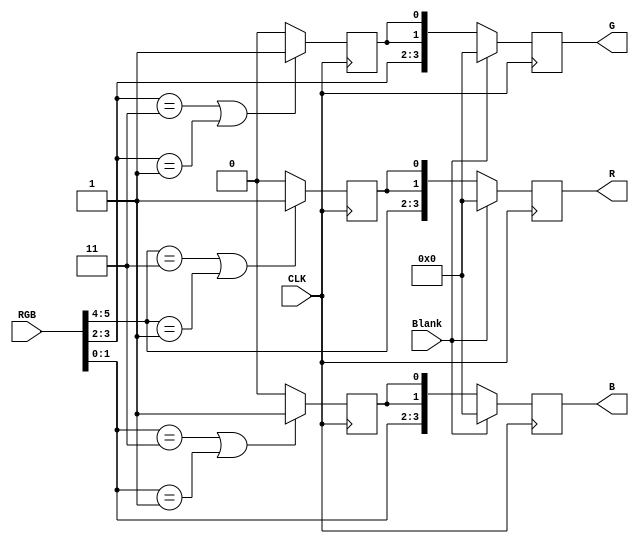
`timescale 1ns / 1ps
//////////////////////////////////////////////////////////////////////////////////
// Company: 
// Engineer: 
// 
// Design Name: 
// Module Name:    ControlSalidaVGA 
// Project Name: 
// Target Devices: 
// Tool versions: 
// Description: 
//
// Dependencies: 
//
// Revision: 
// Revision 0.01 - File Created
// Additional Comments: 
//
//////////////////////////////////////////////////////////////////////////////////
module ControlSalidaVGA(
		input [5:0] RGB,
		input Blank,
		input CLK,
		output reg [3:0] R,
		output reg [3:0] G,
		output reg [3:0] B
	 );

	reg LSBRed, LSBBlue, LSBGreen;
	// Determinar bits menos significativos - Negedge para evitar metaestabilidad
	always @(negedge CLK)
	begin
		// Agregar LSB al RED
		if(RGB[5:4] == 2'b11 || RGB[5:4] == 2'b01)
			LSBRed <= 1;
		else
			LSBRed <= 0;
		// Agregar LSB al GREEN
		if(RGB[3:2] == 2'b11 || RGB[3:2] == 2'b01)
			LSBGreen <= 1;
		else
			LSBGreen <= 0;
		// Agregar LSB al BLUE
		if(RGB[1:0] == 2'b11 || RGB[1:0] == 2'b01)
			LSBBlue <= 1;
		else
			LSBBlue <= 0;
	end
	
	// Determinar el Blank
	always @(posedge CLK)
	begin
		if(Blank)
			begin
				R <= 4'd0;
				G <= 4'd0;
				B <= 4'd0;
			end
		else
			begin
				R <= {RGB[5:4],LSBRed,LSBRed};
				G <= {RGB[3:2],LSBGreen,LSBGreen};
				B <= {RGB[1:0],LSBBlue,LSBBlue};
			end
	end
	

endmodule